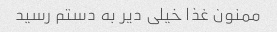
ممنون غذا خیلی دیر به دستم رسید